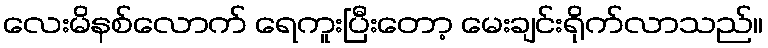
လေးမိနစ်လောက် ရေကူးပြီးတော့ မေးချင်းရိုက်လာသည်။